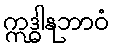
ဣဒ္ဓါနုဘာဝံ